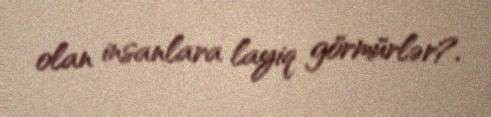
olan insanlara layiq görmürlər?.